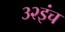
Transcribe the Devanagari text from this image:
३२इंच